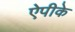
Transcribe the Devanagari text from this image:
ऐपीके